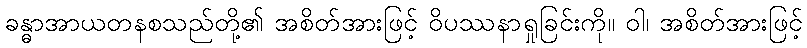
ခန္ဓာအာယတနစသည်တို့၏ အစိတ်အားဖြင့် ဝိပဿနာရှုခြင်းကို။ ဝါ၊ အစိတ်အားဖြင့်